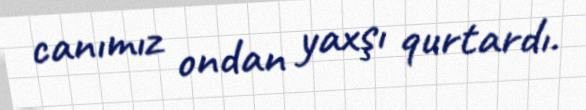
canımız ondan yaxşı qurtardı.